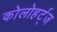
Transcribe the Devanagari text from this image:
कोलोहर्ट्ज